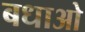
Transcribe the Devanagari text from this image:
बधाओ